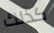
كذلك